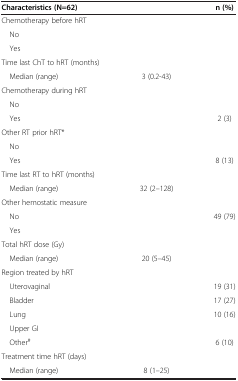
<table><thead><tr><td><b>Characteristics (N=62)</b></td><td>[EMPTY_CELL]</td><td><b>n (%)</b></td></tr></thead><tbody><tr><td>Chemotherapy before hRT</td><td>[EMPTY_CELL]</td><td>[EMPTY_CELL]</td></tr><tr><td> No</td><td>[EMPTY_CELL]</td><td>[EMPTY_CELL]</td></tr><tr><td> Yes</td><td>[EMPTY_CELL]</td><td>[EMPTY_CELL]</td></tr><tr><td>Time last ChT to hRT (months)</td><td>[EMPTY_CELL]</td><td>[EMPTY_CELL]</td></tr><tr><td> Median (range)</td><td>3 (0.2-43)</td><td>[EMPTY_CELL]</td></tr><tr><td>Chemotherapy during hRT</td><td>[EMPTY_CELL]</td><td>[EMPTY_CELL]</td></tr><tr><td> No</td><td>[EMPTY_CELL]</td><td>[EMPTY_CELL]</td></tr><tr><td> Yes</td><td>[EMPTY_CELL]</td><td>2 (3)</td></tr><tr><td>Other RT prior hRT*</td><td>[EMPTY_CELL]</td><td>[EMPTY_CELL]</td></tr><tr><td> No</td><td>[EMPTY_CELL]</td><td>[EMPTY_CELL]</td></tr><tr><td> Yes</td><td>[EMPTY_CELL]</td><td>8 (13)</td></tr><tr><td>Time last RT to hRT (months)</td><td>[EMPTY_CELL]</td><td>[EMPTY_CELL]</td></tr><tr><td> Median (range)</td><td>32 (2–128)</td><td>[EMPTY_CELL]</td></tr><tr><td>Other hemostatic measure</td><td>[EMPTY_CELL]</td><td>[EMPTY_CELL]</td></tr><tr><td> No</td><td>[EMPTY_CELL]</td><td>49 (79)</td></tr><tr><td> Yes</td><td>[EMPTY_CELL]</td><td>[EMPTY_CELL]</td></tr><tr><td>Total hRT dose (Gy)</td><td>[EMPTY_CELL]</td><td>[EMPTY_CELL]</td></tr><tr><td> Median (range)</td><td>20 (5–45)</td><td>[EMPTY_CELL]</td></tr><tr><td>Region treated by hRT</td><td>[EMPTY_CELL]</td><td>[EMPTY_CELL]</td></tr><tr><td> Uterovaginal</td><td>[EMPTY_CELL]</td><td>19 (31)</td></tr><tr><td> Bladder</td><td>[EMPTY_CELL]</td><td>17 (27)</td></tr><tr><td> Lung</td><td>[EMPTY_CELL]</td><td>10 (16)</td></tr><tr><td> Upper GI</td><td>[EMPTY_CELL]</td><td>[EMPTY_CELL]</td></tr><tr><td> Other<sup>#</sup></td><td>[EMPTY_CELL]</td><td>6 (10)</td></tr><tr><td>Treatment time hRT (days)</td><td>[EMPTY_CELL]</td><td>[EMPTY_CELL]</td></tr><tr><td> Median (range)</td><td>8 (1–25)</td><td>[EMPTY_CELL]</td></tr></tbody></table>